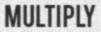
MULTIPLY